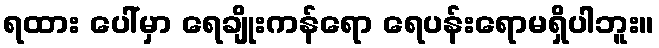
ရထား ပေါ်မှာ ရေချိုးကန်ရော ရေပန်းရောမရှိပါဘူး။